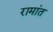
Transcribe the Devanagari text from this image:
रामांत